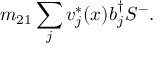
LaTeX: m _ { 2 1 } \sum _ { j } v _ { j } ^ { * } ( x ) b _ { j } ^ { \dag } S ^ { - } .